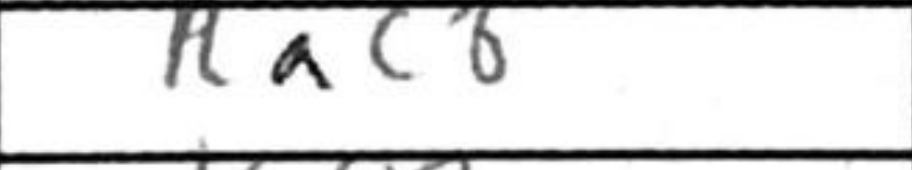
Transcription: Rac8